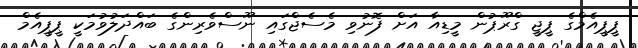
ޕީޕީއެމްގެ ޕީޖީ ގްރޫޕުން މީޑިއާ އަށް ފޮނުވި މެސެޖްގައި ނޫސްވެރިންގެ ބައްދަލުވުމަކީ ޕީޕީއެމް